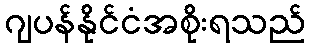
ဂျပန်နိုင်ငံအစိုးရသည်